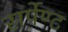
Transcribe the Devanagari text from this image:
सर्पेण्ट